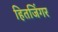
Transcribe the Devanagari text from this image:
हितजिंगर